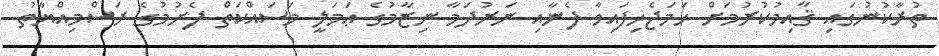
ތުރާކުނުގައި ޤާއިމުކުރުމަށް ހަމަޖެހިފައިވާ ފެނާއި ނަރުދަމާ ނިޒާމުގެ ޢަމަލީ މަސައްކަތް ފެށުމުގެ ރަސްމިއްޔާތު